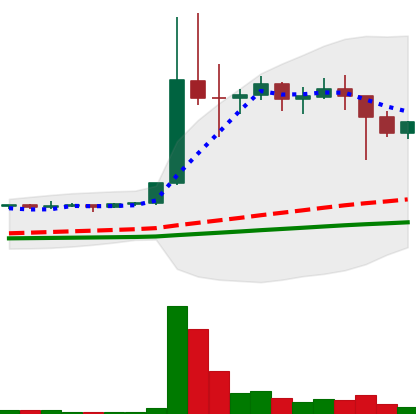
Ticker: DOGE-USD
Chart end date: 2021-01-13
Forward return: 6.442%
Label: up_5_7